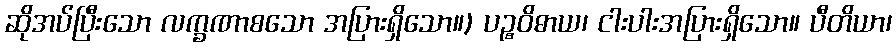
ဆိုအပ်ပြီးသော လက္ခဏာစသော အပြားရှိသော။) ပဉ္စဝိဓာယ၊ ငါးပါးအပြားရှိသော။ ပီတိယာ၊